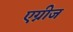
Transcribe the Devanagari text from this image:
एग्नीज